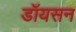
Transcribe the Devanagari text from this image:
डॉयसन